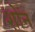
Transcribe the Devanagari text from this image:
शोन